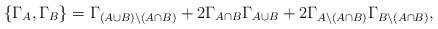
LaTeX: \begin{align*} \{\Gamma_{A},\Gamma_{B}\}=\Gamma_{(A\cup B)\setminus(A\cap B)}+2\Gamma_{A\cap B}\Gamma_{A\cup B}+2\Gamma_{A\setminus(A\cap B)}\Gamma_{B\setminus(A\cap B)},\end{align*}